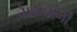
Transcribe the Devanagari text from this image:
चाैहानांनी